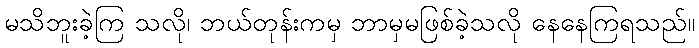
မသိဘူးခဲ့ကြ သလို၊ ဘယ်တုန်းကမှ ဘာမှမဖြစ်ခဲ့သလို နေနေကြရသည်။